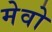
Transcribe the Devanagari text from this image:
मेवो